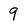
Character: 9